Lunatic asylums Punjab 1868-1880 - 1868-1880
Year: 1868
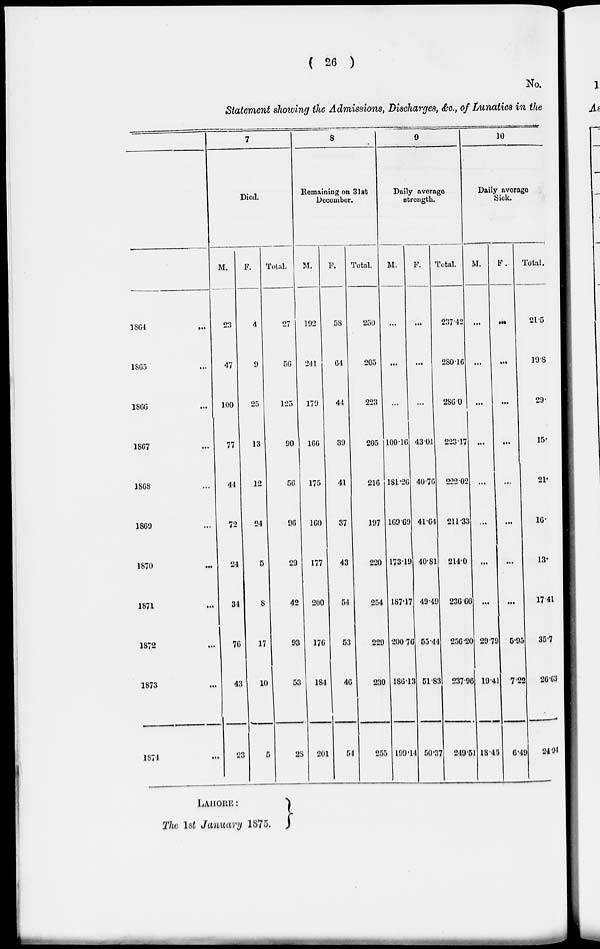
( 26 )
No.
Statement showing the Admissions, Discharges, &c, of Lunatics in the
1864
1865
1866
1867
1868
1869
1870
1871
1872
1873
1874
7
Died.
M.
23
47
100
77
44
72
24
34
76
43
23
F.
4
9
25
13
12
24
5
8
17
10
5
Total.
27
56
125
90
56
96
29
42
93
53
28
8
Remaining on Slat
December.
M.
192
241
179
166
175
160
177
200
176
184
201
F.
58
64
44
39
41
37
43
54
53
46
54
Total.
250
205
223
205
210
197
220
254
229
230
255
9
Daily average
strength.
M.
...
...
...
100.16
181.26
169.69
173.19
187.17
200.76
186.12
199.14
F.
...
...
...
43.01
40.76
41.64
40.81
49.49
55.44
51.83
50.37
Total.
237.42
280.16
286.0
223.17
222.02
211.33
214.0
236. 66
256.20
237.96
240.51
10
Daily average
Sick.
M.
...
...
...
...
...
...
...
...
29.79
19.41
18.45
F.
...
...
...
...
...
...
...
...
5.95
7.22
6.49
Total.
21.5
19.8
29.
15.
21.
16.
13.
17.41
35.7
26.63
24.94
LAHORE:
The 1st January 1875.